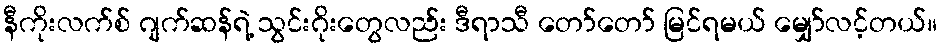
နီကိုးလက်စ် ဂျက်ဆန်ရဲ့ သွင်းဂိုးတွေလည်း ဒီရာသီ တော်တော် မြင်ရမယ် မျှော်လင့်တယ်။